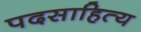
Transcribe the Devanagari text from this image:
पदसाहित्य